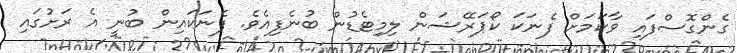
ގެންގޮސްފައި ވާކަމަށް ފެނަކަ ކޯޕަރޭޝަން ލިމިޓެޑުން ބުނެފިއެވެ. ފެނަކައިން ބުނީ އެ ރަށުގައި